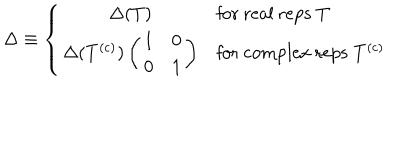
LaTeX: \Delta \equiv \left\{ \begin{array} { c l } { { \Delta ( T ) } } & { { \mathrm { f o r ~ r e a l ~ r e p s } \; T } } \\ { { \Delta ( T ^ { \mathrm { ( c ) } } ) \left( \begin{array} { c c } { { 1 } } & { { 0 } } \\ { { 0 } } & { { 1 } } \\ \end{array} \right) } } & { { \mathrm { f o r ~ c o m p l e x ~ r e p s } \; T ^ { \mathrm { ( c ) } } } } \\ \end{array} \right.